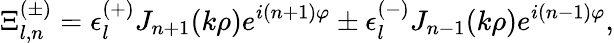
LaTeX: \Xi_{l,n}^{(\pm)}=\epsilon_{l}^{(+)}J_{n+1}(k\rho)e^{i(n+1)\varphi}\pm\epsilon_{l}^{(-)}J_{n-1}(k\rho)e^{i(n-1)\varphi},